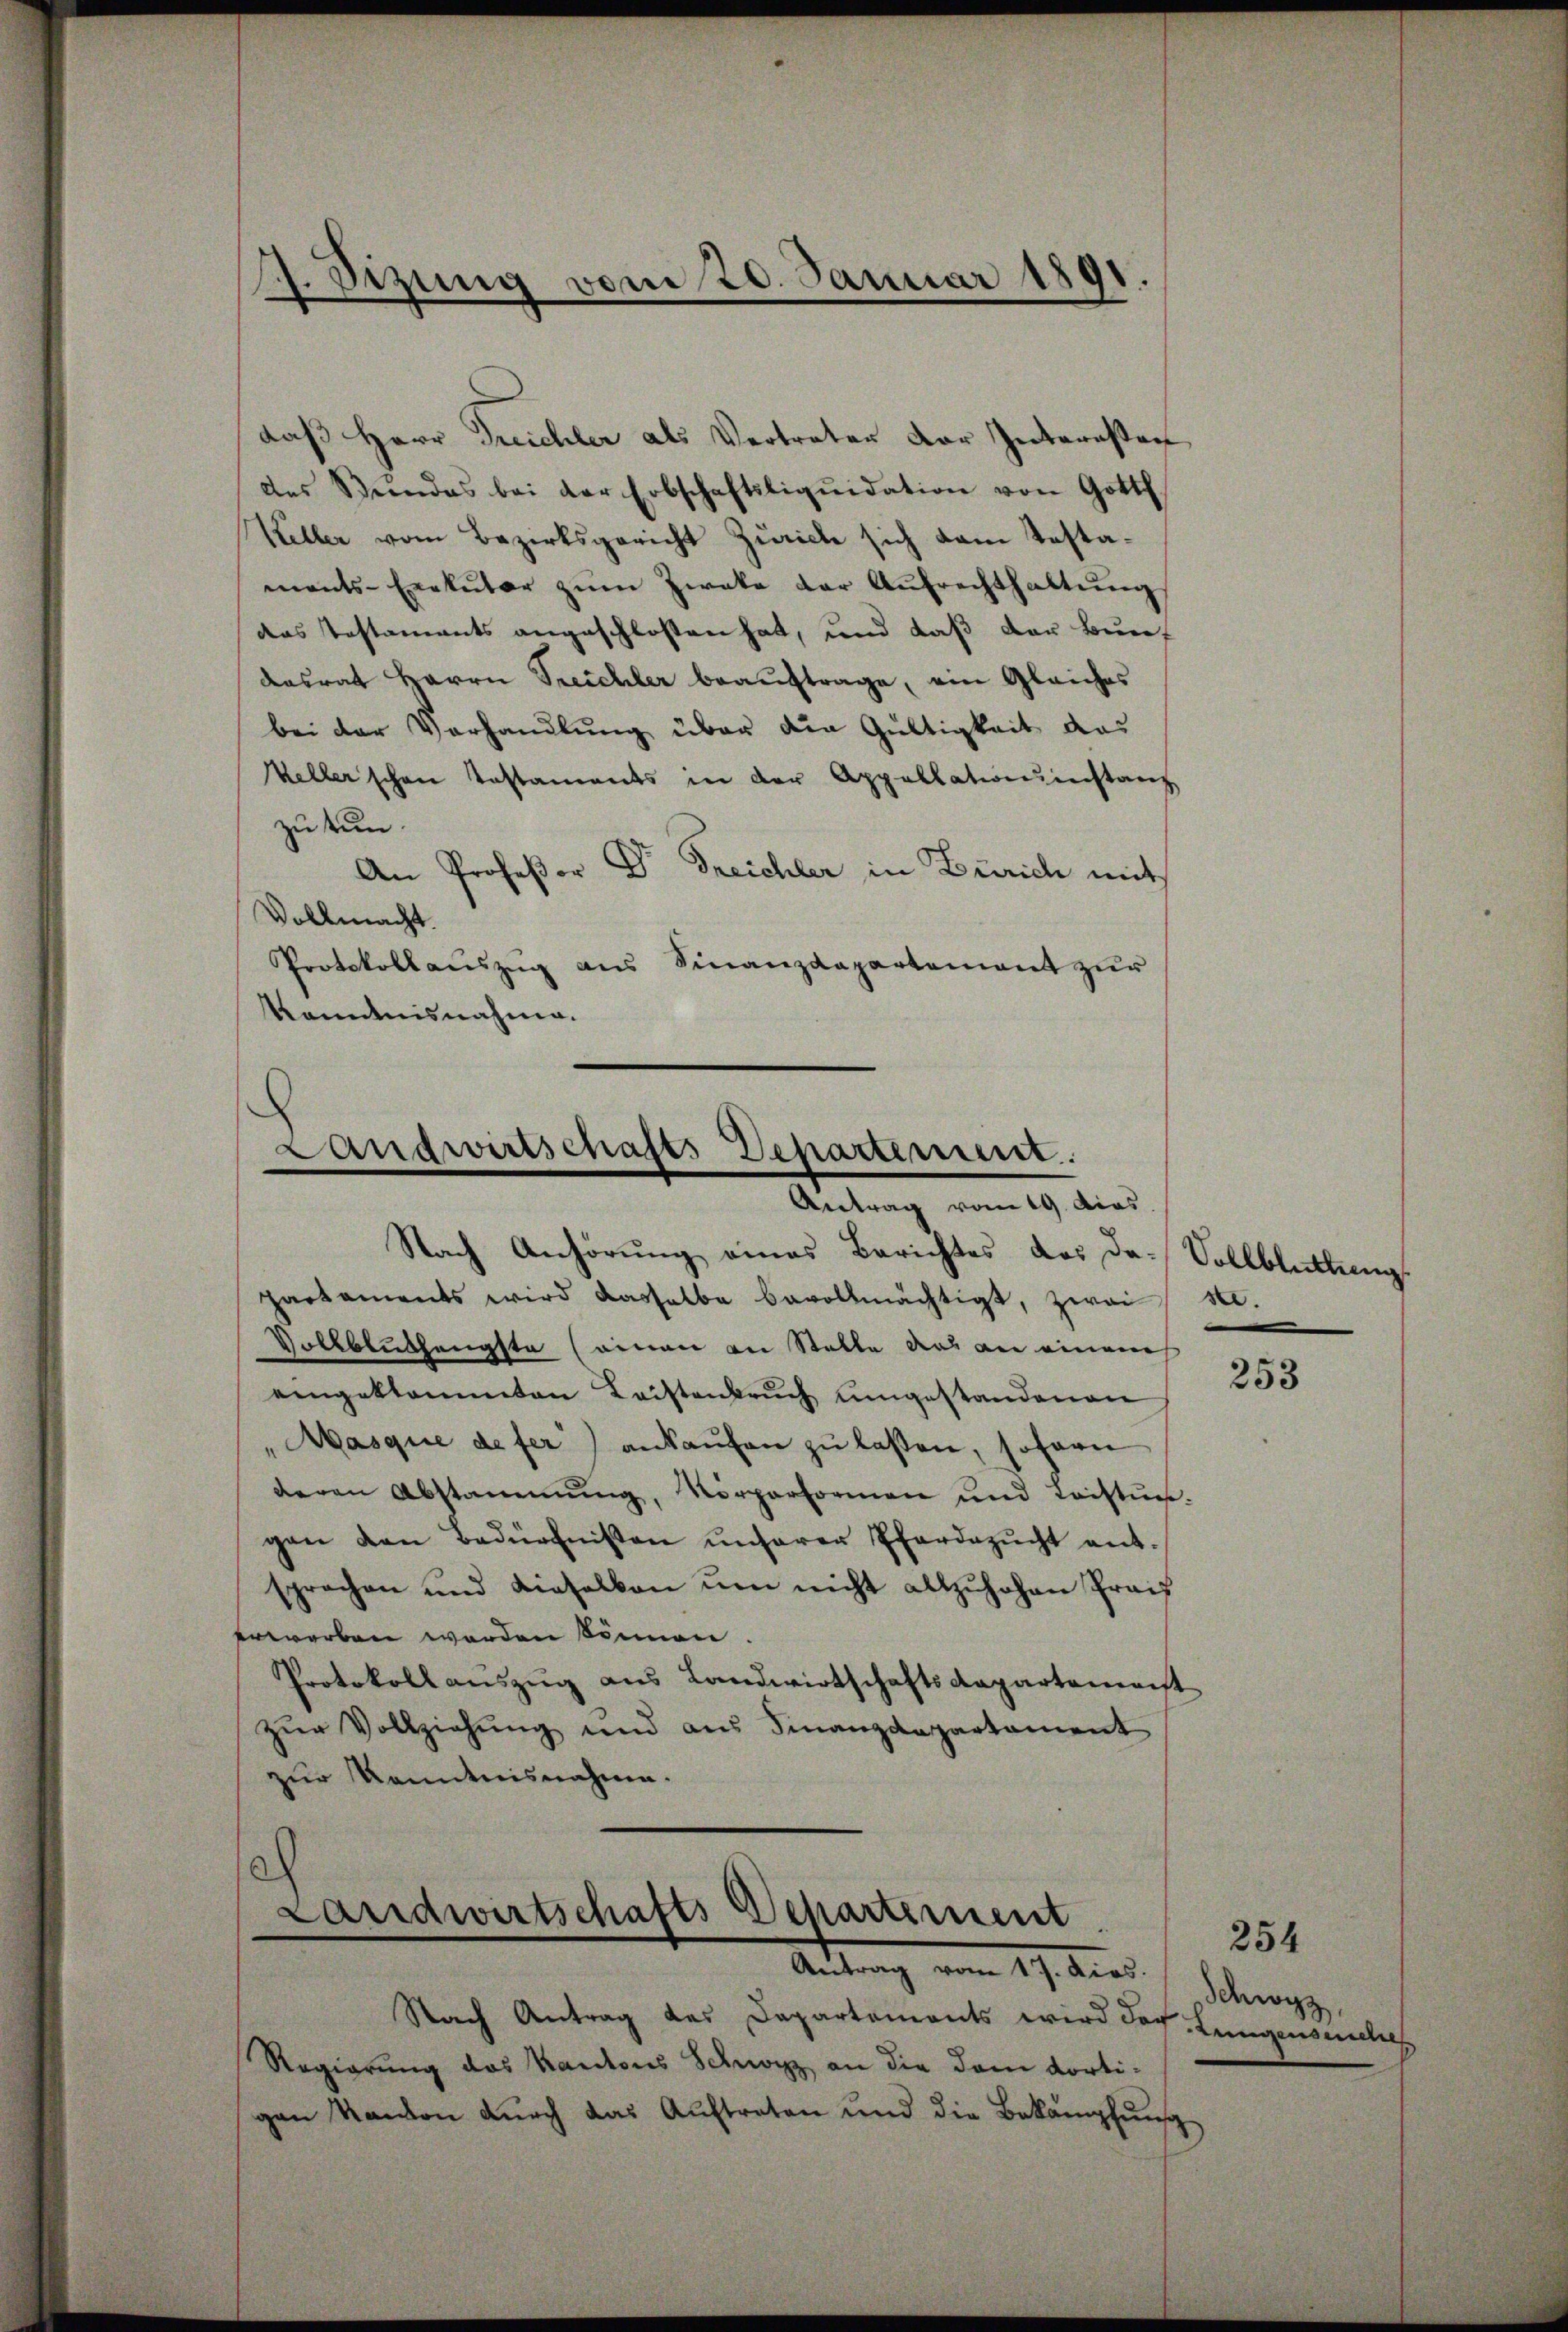
daß Herr Dreichler als Vertreter der Interessen
des Beendes bei der Erbschaftsliqŭidation von Gottf
Keller vom Bezirksgericht Zürich sich dem Testaments-Exekŭter zŭm Zweke der Aŭfrechthaltŭng
das Testaments angeschlossen hat, und daß der Bundasrat Herrn Streichler beauftrage, ein Gleiches
bei der Vorhandlung über die Gültigkeit das
Wellerschen Testaments in der Appellationsinstanz
zu tun.
An Professor Dr. Freichler in Zürich mit
Vollmacht.
Protokollauszug aus Finanzdepartement zur
Kenntnisnahme.

. Sizung vom 20. Januar 1891
e

Landwirtschafts Departement.
Antrag vom 19. dias.

Nach Anhörung eines Berichtes das da. Vollblüttungs
partaments wird dasselbe bevollmächtigt, zwai st.
Volkblüthengste seinen an Stelle das an einem
eingeklammten Leistenbruch umgestandenen
"Masque defer) ankaŭfen zŭ lassen, sofern
deren Abstammung, Körperformen und Leistun-
gen den bedürfnissen ŭnserer Pfardazŭcht ent-
sprechen und dieselben ŭm nicht allzuhohen Preis
erworben werden können.
Protokoll auszug aus Landwirtschaftsdepartement
zŭr Vollziehŭng und aŭs Finanzdepartament
zur Kenntnisnahme.
a
Landwirtschafts-Departement

Antrag vom 17. dios.

Nach Antrag des Departements wird doch, Lungenseuches
Regierung des Kantons Schwarz an die dem dortigen Kanton durch das Auftreten und die Bekämpfung

253

Schwyz

254